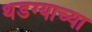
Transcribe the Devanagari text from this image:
थडग्याच्या